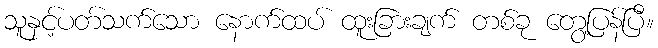
သူနှင့်ပတ်သက်သော နောက်ထပ် ထူးခြားချက် တစ်ခု တွေ့ပြန်ပြီ။